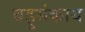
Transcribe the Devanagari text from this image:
बहुसंकाय